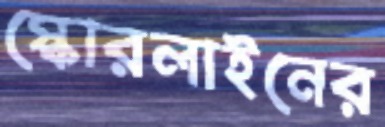
স্কোরলাইনের